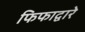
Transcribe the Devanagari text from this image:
फिफाद्वारे